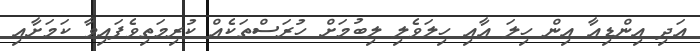
އަދި އިންޑިއާ އިން ހިލަ އާއި ހިލަވެލި ލިބުމަށް ހުރަސްތަކެއް ކުރިމަތިވެފައިވާ ކަމަށާއި